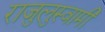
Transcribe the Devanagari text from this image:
राजुलुस्वामी